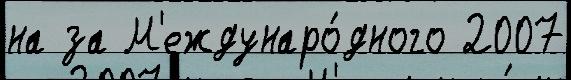
на за М'еждунаро́дного 2007